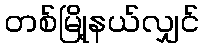
တစ်မြို့နယ်လျှင်